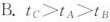
B. t_{C}>t_{A}>t_{B}